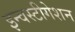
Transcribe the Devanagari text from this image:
इन्वस्टीगेशन